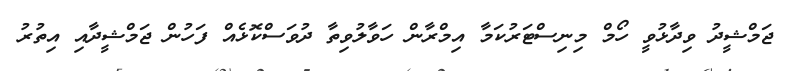
ޖަމްޝީދު ވިދާޅުވީ ހޯމް މިނިސްޓަރުކަމާ އިމްރާން ހަވާލުވިތާ ދުވަސްކޮޅެއް ފަހުން ޖަމްޝީދާއި އިތުރު